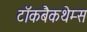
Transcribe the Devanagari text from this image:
टॉकबैकथेम्स